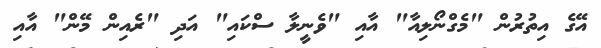
އޭގެ އިތުރުން "މެގްނޯލިއާ" އާއި "ވެނީލާ ސްކައި" އަދި "ރެއިން މޭން" އާއި